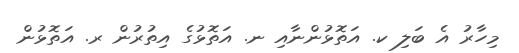
މިހާރު އެ ބަލި ކ. އަތޮޅުންނާއި ނ. އަތޮޅުގެ އިތުރުން ރ. އަތޮޅުން